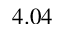
4 . 0 4